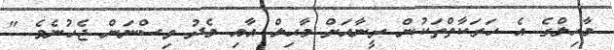
މާހިލްގެ އެ ހަރަކާތްތަކުން ރީނާއަށް މާޙިލް އާއި މެދު ވިސްނަން ޖެހުނެވެ "